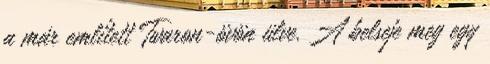
a már említett Twaron-övön ülve. A belseje meg egy